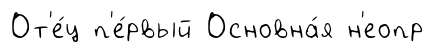
От'е́ц п'е́рвый Основна́я н'еопр